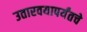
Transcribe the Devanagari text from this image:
उतारवयापर्यंतचे